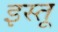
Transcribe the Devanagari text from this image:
इस्तू